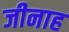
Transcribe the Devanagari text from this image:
जीनाह